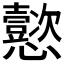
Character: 𫻢